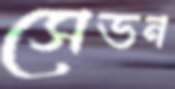
সেভন